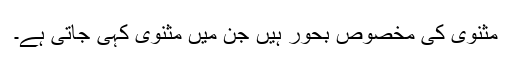
مثنوی کی مخصوص بحور ہیں جن میں مثنوی کہی جاتی ہے۔